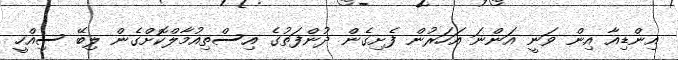
އިންޑިއާ އިން ވަނީ އަންނަ އަހަރުން ފެށިގެން ދުންފަތުގެ އިސްތިއުމާލްކޮށްގެން ލިބޭ ސިއްހީ